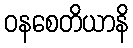
ဝနစေတိယာနိ